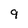
Character: 9